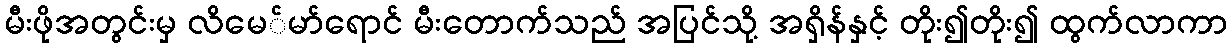
မီးဖိုအတွင်းမှ လိမေ်မာ်ရောင် မီးတောက်သည် အပြင်သို့ အရှိန်နှင့် တိုး၍တိုး၍ ထွက်လာကာ